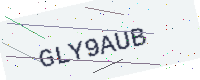
Text: GLY9AUB